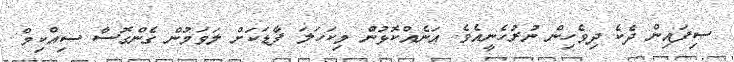
ސިފައިން ދެކެ ދިވެހިން ނުރުހެނީއެވެ. އަނެއްކޮޅުން މިކަހަލަ ފާޑަކަށް ލަވަމުން ގެންގޮސާ ސިއްކިމް